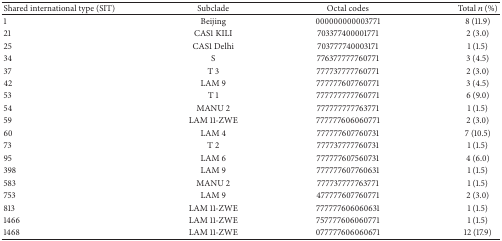
| Shared international type (SIT) | Subclade | Octal codes | Total n (%) |
 | --- | --- | --- | --- |
 | 1 | Beijing | 000000000003771 | 8 (11.9) |
 | 21 | CAS1 KILI | 703377400001771 | 2 (3.0) |
 | 25 | CAS1 Delhi | 703777740003171 | 1 (1.5) |
 | 34 | S | 776377777760771 | 3 (4.5) |
 | 37 | T 3 | 777737777760771 | 2 (3.0) |
 | 42 | LAM 9 | 777777607760771 | 3 (4.5) |
 | 53 | T 1 | 777777777760771 | 6 (9.0) |
 | 54 | MANU 2 | 777777777763771 | 1 (1.5) |
 | 59 | LAM 11-ZWE | 777777606060771 | 2 (3.0) |
 | 60 | LAM 4 | 777777607760731 | 7 (10.5) |
 | 73 | T 2 | 777737777760731 | 1 (1.5) |
 | 95 | LAM 6 | 777777607560731 | 4 (6.0) |
 | 398 | LAM 9 | 777777607760631 | 1 (1.5) |
 | 583 | MANU 2 | 777737777763771 | 1 (1.5) |
 | 753 | LAM 9 | 477777607760771 | 2 (3.0) |
 | 813 | LAM 11-ZWE | 777777606060631 | 1 (1.5) |
 | 1466 | LAM 11-ZWE | 757777606060771 | 1 (1.5) |
 | 1468 | LAM 11-ZWE | 077777606060671 | 12 (17.9) |